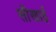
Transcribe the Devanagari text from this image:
सीखाई